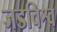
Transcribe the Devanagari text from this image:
जडविश्व